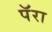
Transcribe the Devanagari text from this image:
पॅरा